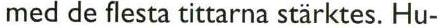
med de flesta tittarna stärktes. Hu-